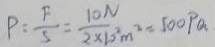
P = \frac { F } { S } = \frac { 1 0 N } { 2 \times 1 0 ^ { 2 } m ^ { 2 } } = 5 0 0 P a